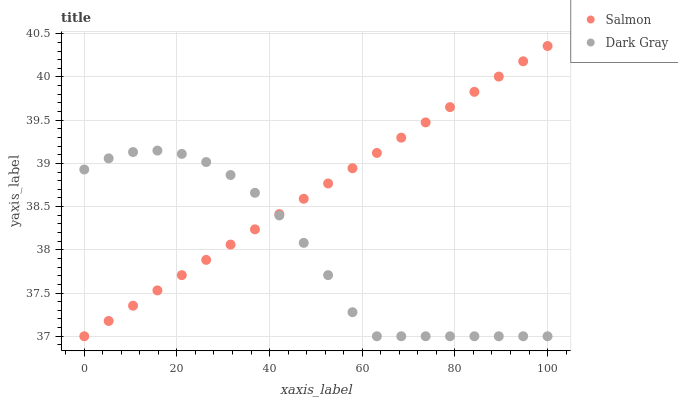
| xaxis_label | Salmon | Dark Gray |
 | --- | --- | --- |
 | 0 | 37 | 38.9 |
 | 5.26 | 37.2 | 39.1 |
 | 10.5 | 37.4 | 39.1 |
 | 15.8 | 37.5 | 39.1 |
 | 21.1 | 37.7 | 39.1 |
 | 26.3 | 37.9 | 39 |
 | 31.6 | 38.1 | 38.9 |
 | 36.8 | 38.2 | 38.7 |
 | 42.1 | 38.4 | 38.4 |
 | 47.4 | 38.6 | 38.1 |
 | 52.6 | 38.8 | 37.7 |
 | 57.9 | 38.9 | 37.3 |
 | 63.2 | 39.1 | 37 |
 | 68.4 | 39.3 | 37 |
 | 73.7 | 39.5 | 37 |
 | 78.9 | 39.7 | 37 |
 | 84.2 | 39.8 | 37 |
 | 89.5 | 40 | 37 |
 | 94.7 | 40.2 | 37 |
 | 100 | 40.4 | 37 |